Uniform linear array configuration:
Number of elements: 4
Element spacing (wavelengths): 0.25
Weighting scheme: hamming
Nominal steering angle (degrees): -45
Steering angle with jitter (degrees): -45.869
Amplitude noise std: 0.05
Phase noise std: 0.05

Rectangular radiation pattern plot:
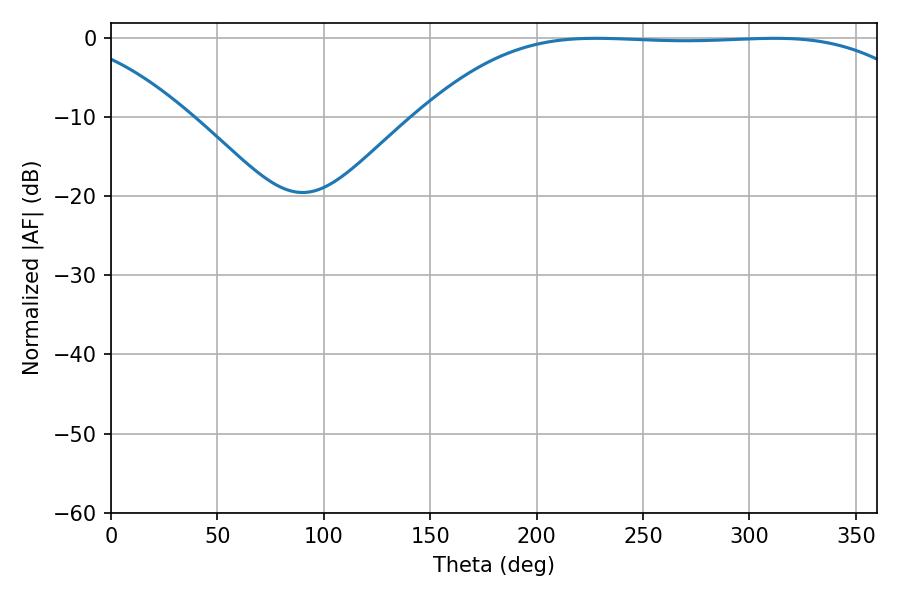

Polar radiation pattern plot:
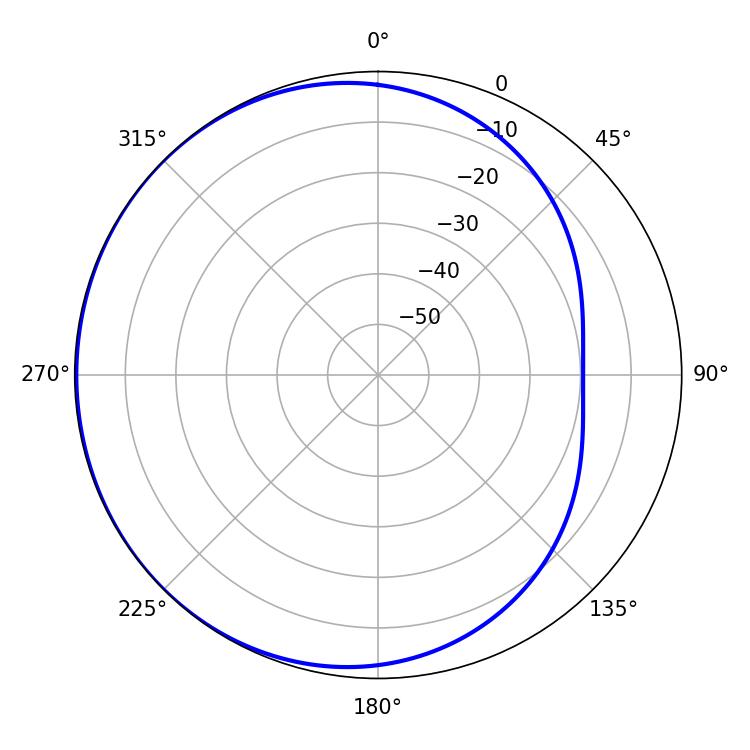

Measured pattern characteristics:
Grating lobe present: FALSE
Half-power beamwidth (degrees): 182.7
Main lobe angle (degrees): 227.88